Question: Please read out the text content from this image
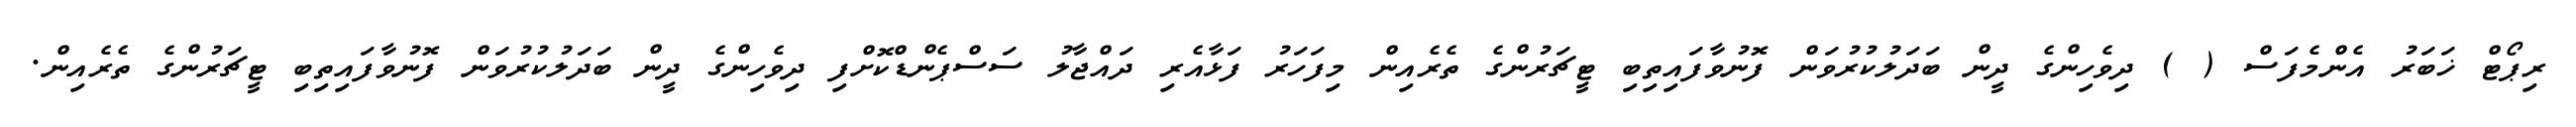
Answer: ރިޕޯޓް ޚަބަރު އެންމެފަސް ( ) ދިވެހިންގެ ދީން ބަދަލުކުރުވަން ފޮނުވާފައިތިބި ޓީޗަރުންގެ ތެރެއިން މިފަހަރު ފަޅާއެރި ދައްޖާލު ސަސްޕެންޑްކޮށްފި ދިވެހިންގެ ދީން ބަދަލުކުރުވަން ފޮނުވާފައިތިބި ޓީޗަރުންގެ ތެރެއިން.